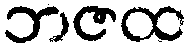
ဘဇထ